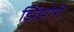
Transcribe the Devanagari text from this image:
झिंझोरी